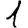
Digit: 1